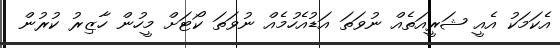
އެކަމަކު އެއީ ޝަރީއަތެއް ނުވަތަ އަޑުއެހުމެއް ނުވަތަ ކޯޓަށް މީހުން ހާޒިރު ކުރުން